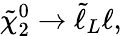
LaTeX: \tilde{\chi}_{2}^{0}\rightarrow\tilde{\ell}_{L}\ell,